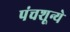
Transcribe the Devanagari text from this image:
पंचशून्ये